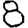
Digit: 8